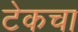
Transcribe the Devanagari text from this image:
टेकचा